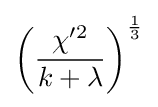
\left({\frac {\chi '^{2}}{k+\lambda }}\right)^{\frac {1}{3}}